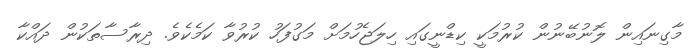
މާގިނައިން ލޮނުބޭނުން ކުރުމަކީ ކިޑްނީގައި ހިލަޖެހުމަށް މަގުފަހު ކުރުވާ ކަމެކެވެ. ދިރާސާތަކުން ދައްކާ